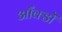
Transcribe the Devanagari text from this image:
आँक्डों